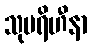
သုပရိဟီနာ